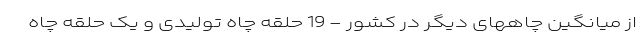
از ميانگين چاههای دیگر در کشور - 19 حلقه چاه تولیدی و یک حلقه چاه